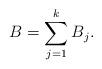
LaTeX: \begin{align*}&B=\sum\limits_{j=1}^kB_j.\end{align*}